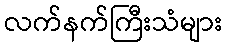
လက်နက်ကြီးသံများ